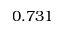
0 . 7 3 1